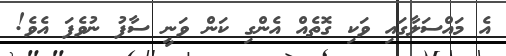
އެ މައްސަލާގައި ވަކި ގޮތެއް އެންގި ކަން ވަނީ ސާފު ނުވެފަ އެވެ!